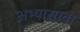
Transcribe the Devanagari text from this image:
अभ्यासावा